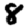
Digit: 8